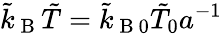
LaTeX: \tilde{k}_{\mathrm{~B~}}\tilde{T}=\tilde{k}_{\mathrm{~B~}0}\tilde{T}_{0}a^{-1}